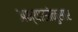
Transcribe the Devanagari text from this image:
अभ्यासांनुसार